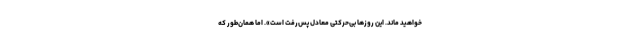
خواهید ماند. این روزها بی‌حرکتی معادل پس‌رفت است». اما همان‌طور که